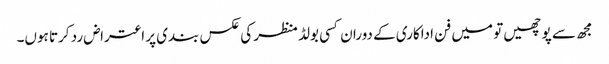
مجھ سے پوچھیں تو میں فن اداکاری کے دوران کسی بولڈ منظر کی عکس بندی پر اعتراض رد کرتا ہوں۔